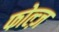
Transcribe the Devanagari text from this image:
फोल्ज़